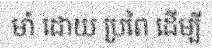
មាំ ដោយ ប្រពៃ ដើម្បី